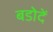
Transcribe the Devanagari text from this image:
बडोदें